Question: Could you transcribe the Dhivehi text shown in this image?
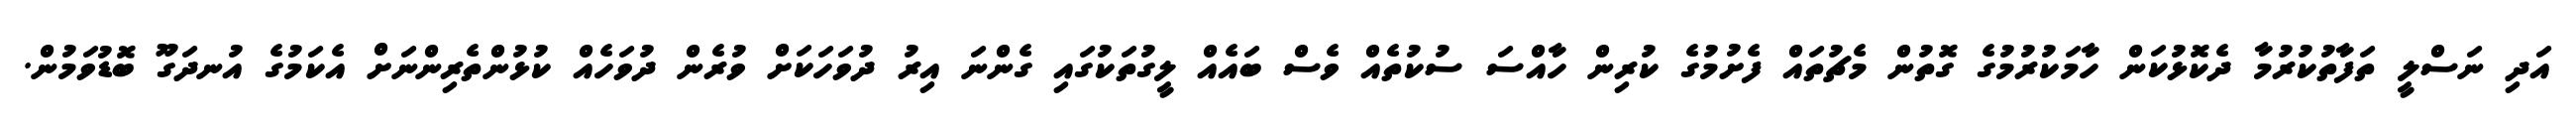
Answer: އަދި ނަސްލީ ތަފާތުކުރުމާ ދެކޮޅުކަން ހާމަކުރުމުގެ ގޮތުން މެޗުތައް ފެށުމުގެ ކުރިން ހާއްސަ ސުކުތެއް ވެސް ބައެއް ލީގުތަކުގައި ގެންނަ އިރު ދުވަހަކަށް ވުރެން ދުވަހެއް ކުޅުންތެރިންނަށް އެކަމުގެ އުނދަގޫ ބޮޑުވަމުން.